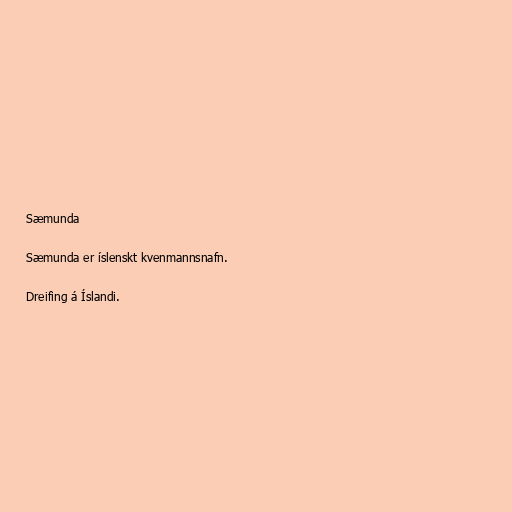
Sæmunda

Sæmunda er íslenskt kvenmannsnafn.

Dreifing á Íslandi.